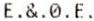
E.&.0.E.